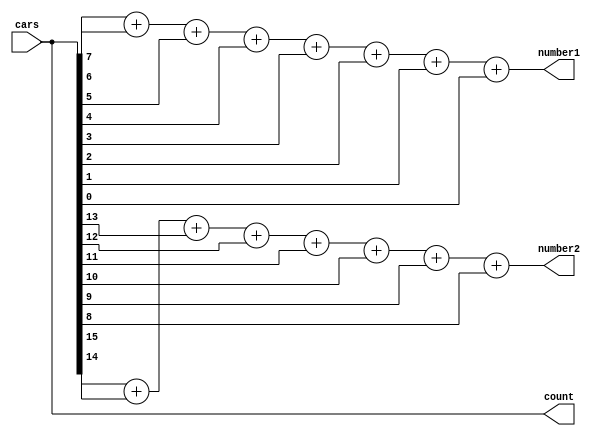
`timescale 1ns / 1ps
//////////////////////////////////////////////////////////////////////////////////
// Company: 
// Engineer: 
// 
// Design Name: 
// Module Name: Parking_System
// Project Name: 
// Target Devices: 
// Tool Versions: 
// Description: 
// 
// Dependencies: 
// 
// Revision:
// Revision 0.01 - File Created
// Additional Comments:
// 
//////////////////////////////////////////////////////////////////////////////////


module Parking_System(
    input [15:0] cars,
    output reg [15:0] count,
    output reg [7:0] number1,
    output reg [7:0] number2
    );

    always @(cars)
    begin
        count <= cars;
        number1 = cars[7]+ cars[6]+cars[5]+cars[4]+cars[3]+cars[2]+cars[1]+cars[0];
        number2 = cars[15]+cars[14]+cars[13]+cars[12]+cars[11]+cars[10]+cars[9]+cars[8];

    end
endmodule